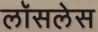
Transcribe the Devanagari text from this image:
लॉसलेस